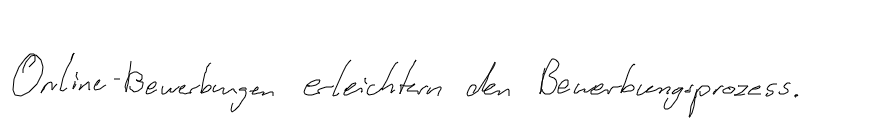
Online-Bewerbungen erleichtern den Bewerbungsprozess.